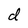
Character: d